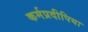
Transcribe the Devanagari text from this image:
कर्मप्रदीपिया